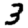
Digit: 3